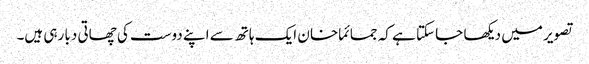
تصویر میں دیکھا جا سکتا ہے کہ جمائما خا ن ایک ہاتھ سے اپنے دوست کی چھاتی دبا رہی ہیں۔